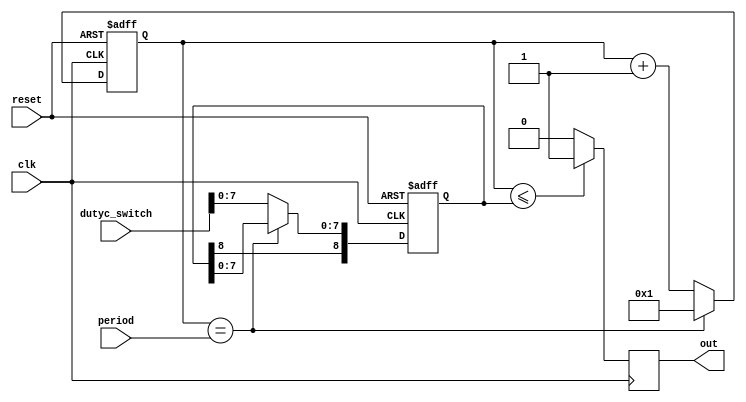
module PWM_core( 
input reset, clk,
input [8:0] dutyc_switch,	//Pulse Width
input [8:0] period,
output reg out
);


reg [8:0] duty_cycle, counter;
reg [3:0] compare_result = 4'b1111;



always@(posedge clk or negedge reset) //Activating hardware at rising edge of clock or falling edge of reset
begin

   if(~reset) //checking for reset signal (reset driven low)
		begin
			counter <= 32'b1; 		//assigning 32 "ones" to the counter
			duty_cycle <= 32'b0;		//assigning 32 "zeros" to the duty_cycle
		end
	
	else if(counter == period) //checking for counter equal to period
		begin
			counter <= 32'b1;			//if equal, assigning 32 "ones" to the counter
		end
	
	else 
		begin
			counter <= counter + 1'b1;					//Incrementing Counter									//Incrementing counter, counting
			if(compare_result[0]) duty_cycle[7:0] <= dutyc_switch[7:0];	//Loading pulse width

		end
	
end 


always@(posedge clk)				//Activating hardware at rising edge of clock
begin

	if(counter <= duty_cycle)	//checking if counter is less than or equal to duty_cycle
		begin
		out = 1'b1;					//if counter is less than or equal to duty_cycle, output 1
		end
	else 
		begin
		out = 1'b0;					//if counter is not less than or equal to duty_cycle, output 0
		end

end

endmodule